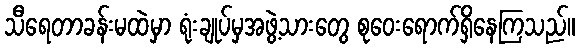
သီရေတာခန်းမထဲမှာ ရုံးချုပ်မှအဖွဲ့သားတွေ စုဝေးရောက်ရှိနေကြသည်။